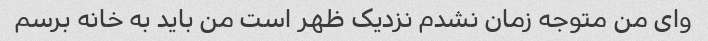
وای من متوجه زمان نشدم نزدیک ظهر است من باید به خانه برسم